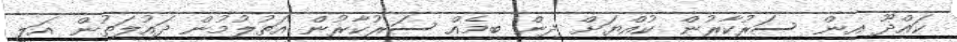
ކައްދޫ އިން ސަރުކާރުން ކުއްޔަށް ދިން ބިމެއް ސަރުކާރުން އަތުލުމުން ދައުލަތުން އަލީ